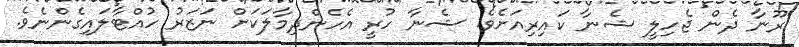
ރޫނާ ދެން ޖެހިލީ ޝެނާ ކައިރިއަށެވެ. ޝެނާ ހުރީ އެހެންދިމާލަކަށް ނަޒަރު ހުއްޓާލައިގެންނެވެ.